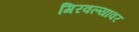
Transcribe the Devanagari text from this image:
गिरवल्यावर